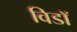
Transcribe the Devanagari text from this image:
विडाॅ